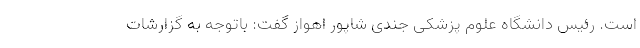
است. رئیس دانشگاه علوم پزشکی جندی شاپور اهواز گفت: باتوجه به گزارشات